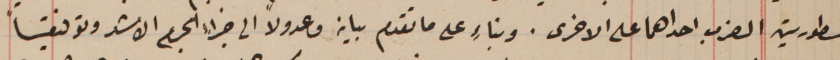
المسطورتين الضرب احداهما على الاخرى. وبناءٍ على ما تقدم بيان وعدولاً الى جزاء الجرم الاشد وتوفقياً